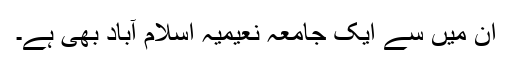
ان میں سے ایک جامعہ نعیمیہ اسلام آباد بھی ہے۔